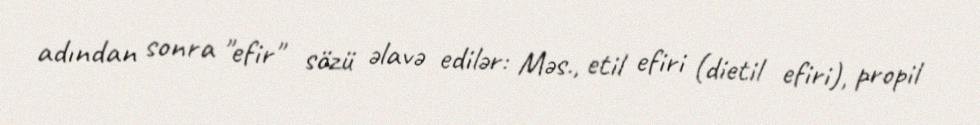
adından sonra "efir" sözü əlavə edilər: Məs., etil efiri (dietil efiri), propil